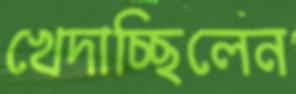
খেদাচ্ছিলেন